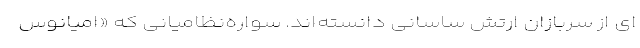
ای از سربازان ارتش ساسانی دانسته‌اند. سواره‌نظامیانی که «اَمیانوس